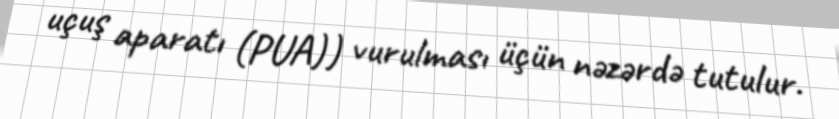
uçuş aparatı (PUA)) vurulması üçün nəzərdə tutulur.